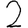
Digit: 2